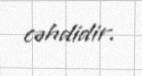
cəhdidir.